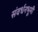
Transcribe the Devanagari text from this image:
संवर्धनभूमी